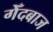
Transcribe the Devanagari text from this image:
गेँदबाज